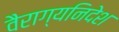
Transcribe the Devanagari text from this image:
वैराग्यनिदेश